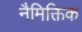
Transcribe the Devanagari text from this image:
नैमिक्तिक